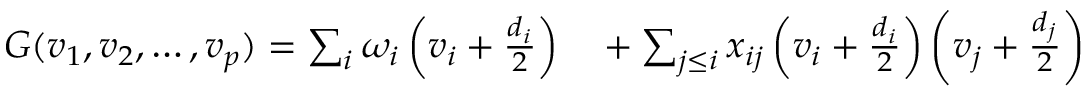
\begin{array} { r l } { G ( v _ { 1 } , v _ { 2 } , \ldots , v _ { p } ) = \sum _ { i } \omega _ { i } \left( v _ { i } + \frac { d _ { i } } { 2 } \right) } & { { } + \sum _ { j \leq i } x _ { i j } \left( v _ { i } + \frac { d _ { i } } { 2 } \right) \left( v _ { j } + \frac { d _ { j } } { 2 } \right) } \end{array}